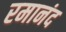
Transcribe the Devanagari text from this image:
रमानंद